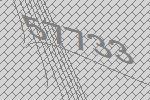
57733